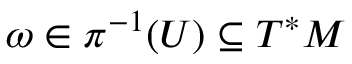
\omega \in { { \pi } } ^ { - 1 } ( U ) \subseteq T ^ { * } M